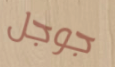
جوجل